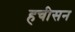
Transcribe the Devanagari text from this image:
हचीसन